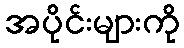
အပိုင်းများကို